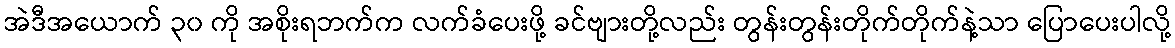
အဲဒီအယောက် ၃၀ ကို အစိုးရဘက်က လက်ခံပေးဖို့ ခင်ဗျားတို့လည်း တွန်းတွန်းတိုက်တိုက်နဲ့သာ ပြောပေးပါလို့